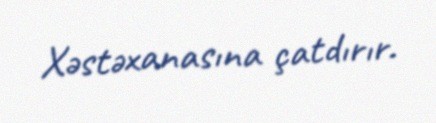
Xəstəxanasına çatdırır.